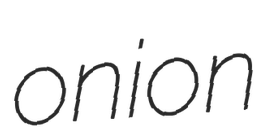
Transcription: onion